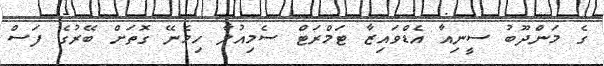
ގެ މަންދޫބު ސީނިއާ އެޑްވައިޒާ ޓަމްރަޓް ސެމިއުލާ ހިމެނޭ ގޮތަށް ބޭރުގެ ފަސް